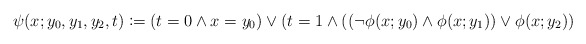
\begin{align*} \psi(x; y_0, y_1,y_2, t)\coloneqq (t=0\land x=y_0)\lor(t=1\land ((\neg \phi(x; y_0)\land \phi(x; y_1))\lor \phi(x; y_2)) \end{align*}